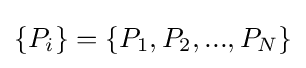
\{P_{i}\}=\{P_{1},P_{2},...,P_{N}\}